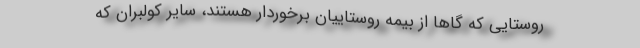
روستایی که گاهاً از بیمه روستاییان برخوردار هستند، سایر کولبران که